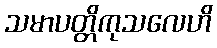
သမာပတ္တိကုသလေဟိ